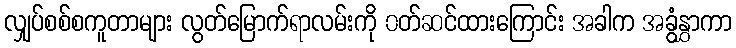
လျှပ်စစ်စကူတာများ လွတ်မြောက်ရာလမ်းကို ၀တ်ဆင်ထားကြောင်း အခါက အခွံနွှာကာ